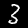
Digit: 3